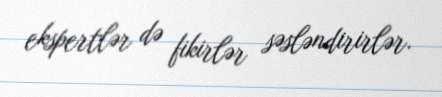
ekspertlər də fikirlər səsləndirirlər.